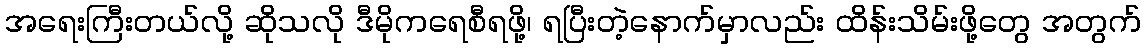
အရေးကြီးတယ်လို့ ဆိုသလို ဒီမိုကရေစီရဖို့၊ ရပြီးတဲ့နောက်မှာလည်း ထိန်းသိမ်းဖို့တွေ အတွက်